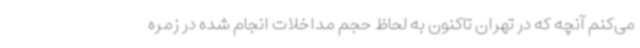
می‌کنم آنچه که در تهران تاکنون به لحاظ حجم مداخلات انجام شده در زمره